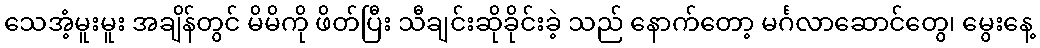
သေအံ့မူးမူး အချိန်တွင် မိမိကို ဖိတ်ပြီး သီချင်းဆိုခိုင်းခဲ့ သည် နောက်တော့ မင်္ဂလာဆောင်တွေ၊ မွေးနေ့